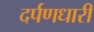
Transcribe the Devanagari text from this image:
दर्पणधारी